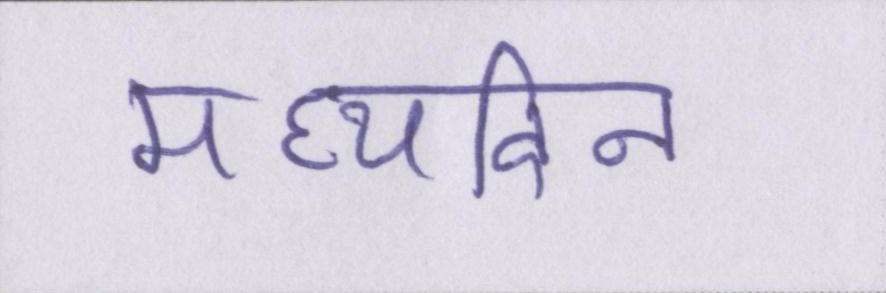
मध्यदिन